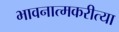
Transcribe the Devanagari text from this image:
भावनात्मकरीत्या